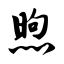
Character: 煦